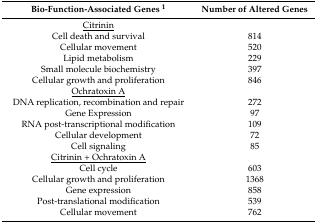
| Bio-Function-Associated Genes 1 | Number of Altered Genes |
 | --- | --- |
 | <underline>Citrinin</underline> |  |
 | Cell death and survival | 814 |
 | Cellular movement | 520 |
 | Lipid metabolism | 229 |
 | Small molecule biochemistry | 397 |
 | Cellular growth and proliferation | 846 |
 | <underline>Ochratoxin A</underline> |  |
 | DNA replication, recombination and repair | 272 |
 | Gene Expression | 97 |
 | RNA post-transcriptional modification | 109 |
 | Cellular development | 72 |
 | Cell signaling | 85 |
 | <underline>Citrinin + Ochratoxin A</underline> |  |
 | Cell cycle | 603 |
 | Cellular growth and proliferation | 1368 |
 | Gene expression | 858 |
 | Post-translational modification | 539 |
 | Cellular movement | 762 |